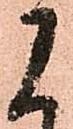
に